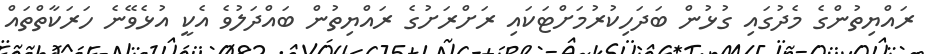
ރައްޔިތުންގެ މެދުގައި ގުޅުން ބަދަހިކުރުމަށްޓަކައި ރަށްރަށުގެ ރައްޔިތުން ބައްދަލުވެ އެކީ އުޅެވޭނެ ހަރަކާތްތައް